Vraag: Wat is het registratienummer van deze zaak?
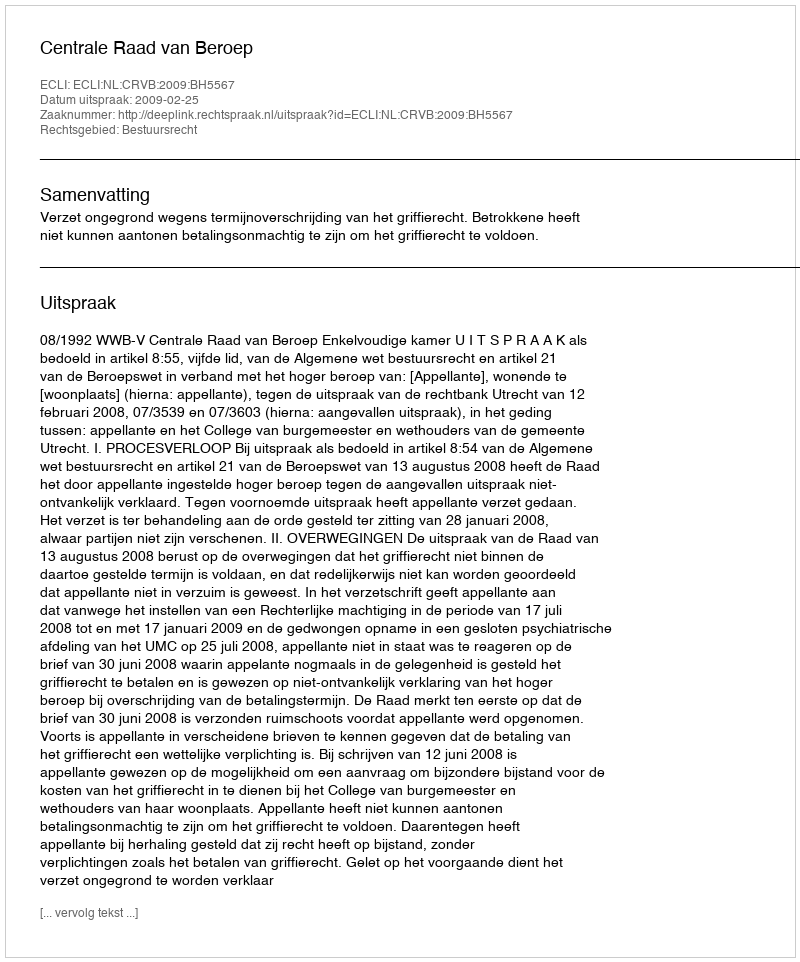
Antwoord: http://deeplink.rechtspraak.nl/uitspraak?id=ECLI:NL:CRVB:2009:BH5567